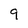
Character: 9